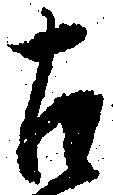
古